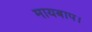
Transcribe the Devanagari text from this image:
मायबाप।